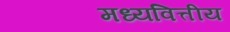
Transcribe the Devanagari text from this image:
मध्यवित्तीय